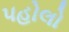
પહોલો